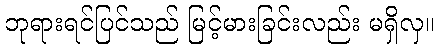
ဘုရားရင်ပြင်သည် မြင့်မားခြင်းလည်း မရှိလှ။